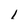
Character: 1